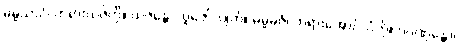
ဓမ္မယာဂံ၊ တရားယဇ်ကို။ ယဇန္တော၊ ပူဇော်လျက်။ ဓမ္မဓဇံ၊ တရားအောင်လံကို။ ပဂ္ဂဏှန္တော၊